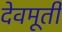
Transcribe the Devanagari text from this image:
देवमूर्ती